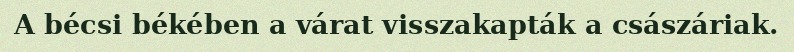
A bécsi békében a várat visszakapták a császáriak.